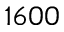
1 6 0 0